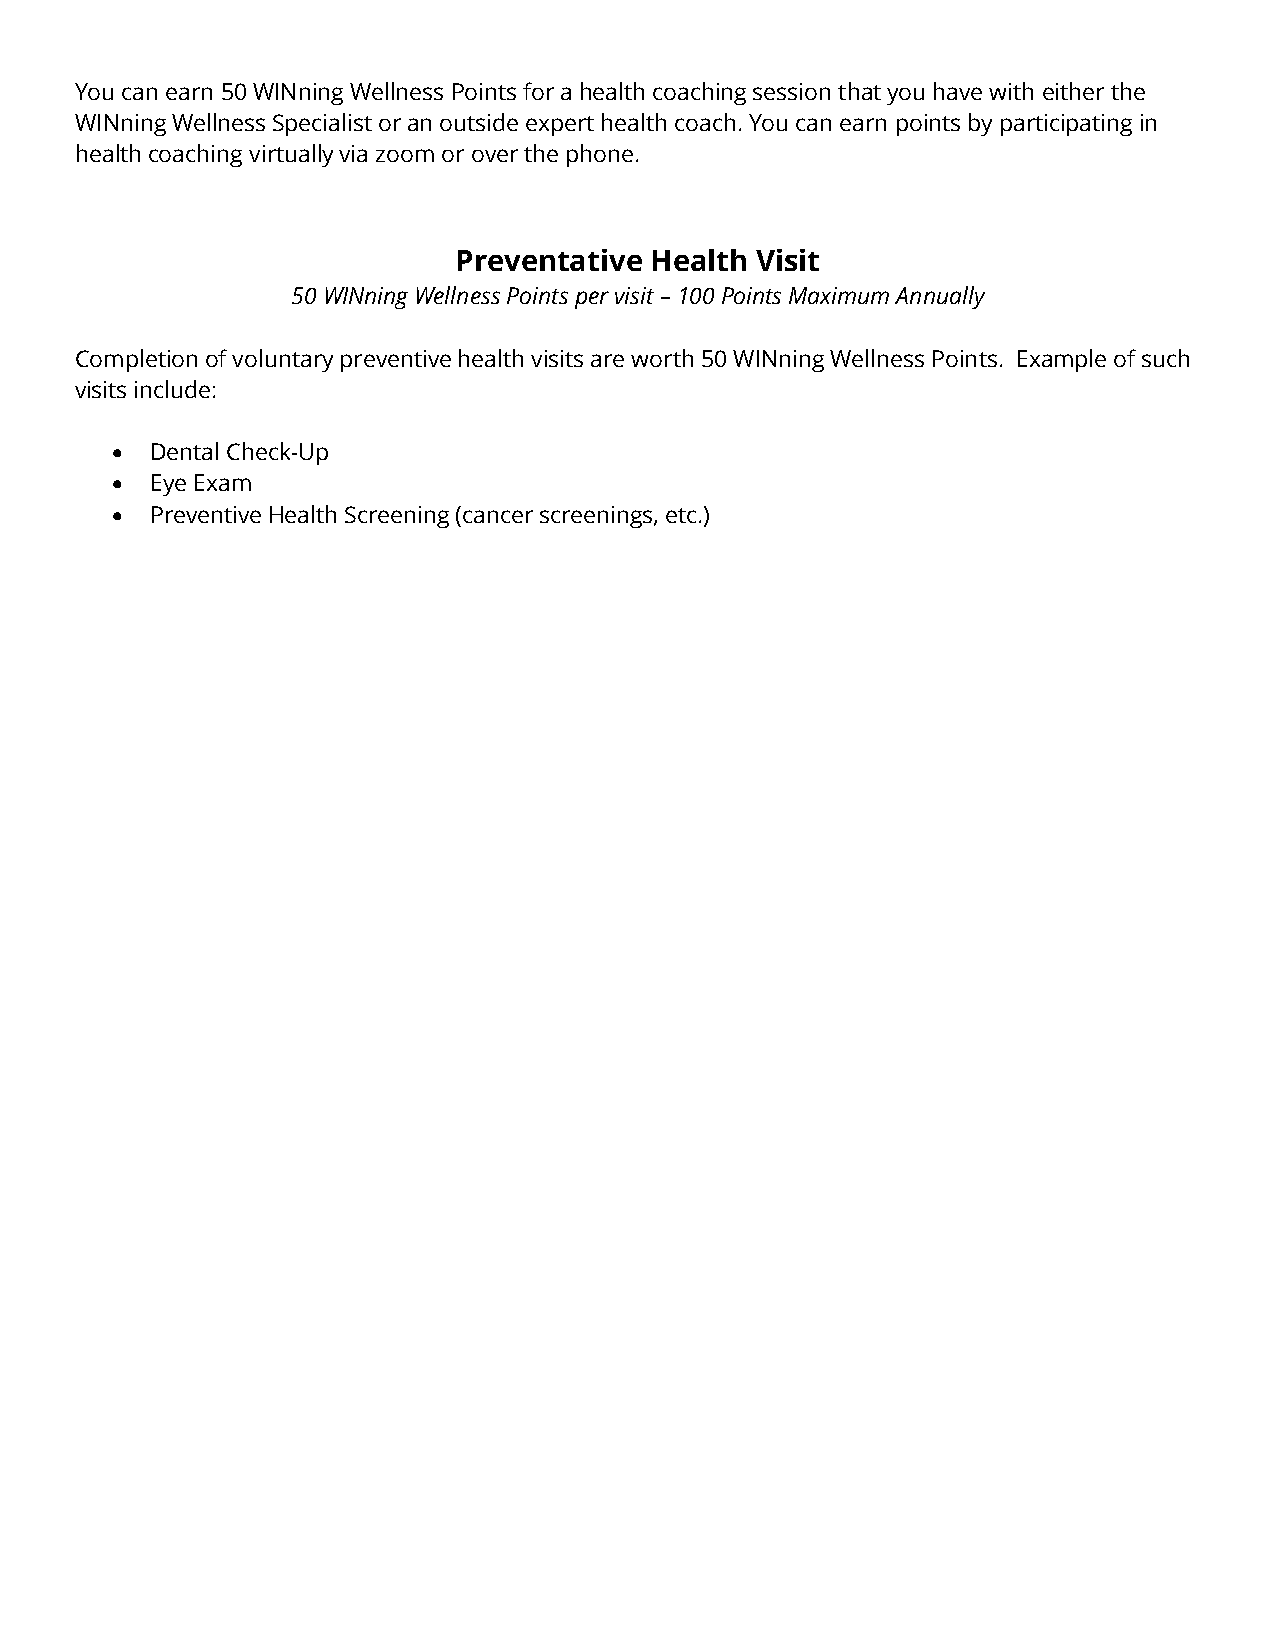
You can earn 50 WINning Wellness Points for a health coaching session that you have with either the
 WINning Wellness Specialist or an outside expert health coach. You can earn points by participating in
 health coaching virtually via zoom or over the phone.
 Preventative Health Visit
 50 WINning Wellness Points per visit – 100 Points Maximum Annually
 Completion of voluntary preventive health visits are worth 50 WINning Wellness Points. Example of such
 visits include:
 •  Dental Check-Up
 •  Eye Exam
 •  Preventive Health Screening (cancer screenings, etc.)